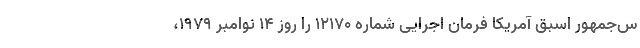
س‌جمهور اسبق آمریکا فرمان اجرایی شماره ۱۲۱۷۰ را روز ۱۴ نوامبر ۱۹۷۹،